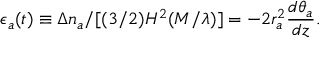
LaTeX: \epsilon _ { a } ( t ) \equiv \Delta n _ { a } / [ ( 3 / 2 ) H ^ { 2 } ( M / \lambda ) ] = - 2 r _ { a } ^ { 2 } \frac { d \theta _ { a } } { d z } .